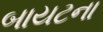
બાયટના